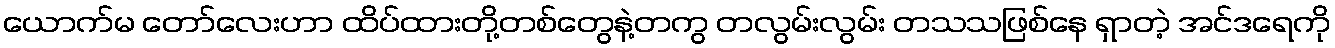
ယောက်မ တော်လေးဟာ ထိပ်ထားတို့တစ်တွေနဲ့တကွ တလွမ်းလွမ်း တသသဖြစ်နေ ရှာတဲ့ အင်ဒရေကို